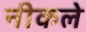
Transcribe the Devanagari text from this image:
नीकले